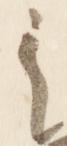
之